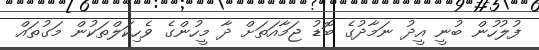
ފުލުހުން ބުނީ އީދު ނަމާދުގެ ބޮޑު ޖަމާއަތަށް ދާ މީހުންގެ ވެހިކަލްތަކުން މަގުތައް